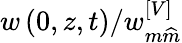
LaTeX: w\left(0,z,t\right)/w_{m\widehat{m}}^{\left[V\right]}